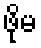
ဖိုမ